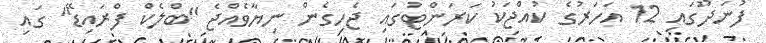
ފުނަދޫގައި 12 އަހަރުގެ ކުއްޖަކު ކަރަންޓުގައި ޖެހިގެން ނިޔާވެއްޖެ "ބްލެކް ފްރައިޑޭ" ގައި